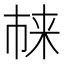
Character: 𪲬